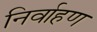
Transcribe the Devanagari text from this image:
निर्वाहण